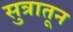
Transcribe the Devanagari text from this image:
सुत्रातून